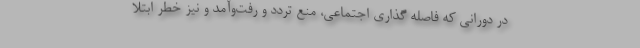
در دورانی که فاصله گذاری اجتماعی، منع تردد و رفت‌وآمد و نیز خطر ابتلا